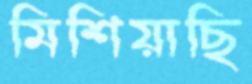
মিশিয়াছি